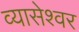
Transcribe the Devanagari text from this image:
व्यासेश्वर